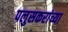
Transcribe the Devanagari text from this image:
पलुसकरांच्या